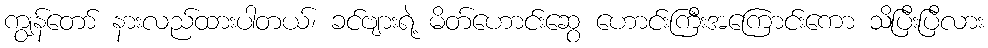
ကျွန်တော် နားလည်ထားပါတယ်၊ ခင်ဗျားရဲ့ မိတ်ဟောင်းဆွေ ဟောင်းကြီးအကြောင်းကော သိပြီးပြီလား